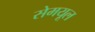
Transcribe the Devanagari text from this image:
सेमयूल